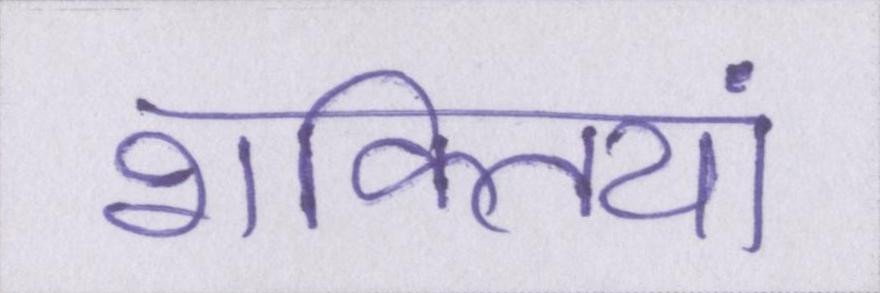
शक्तियां